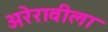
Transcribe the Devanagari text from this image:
अरेरावीला